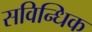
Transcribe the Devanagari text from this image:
सविन्धिक